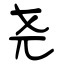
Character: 尧